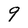
Character: 9